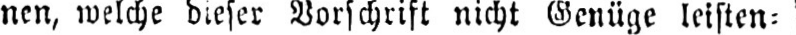
nen, welche dieser Vorschrift nicht Genüge leisten⸗